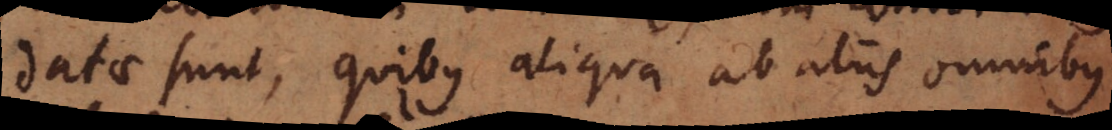
datae sunt, quibus aliqua ab aliis omnibus